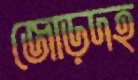
জোড়দহ